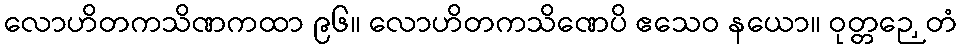
လောဟိတကသိဏကထာ ၉၆။ လောဟိတကသိဏေပိ ဧသေဝ နယော။ ဝုတ္တဉှေတံ